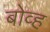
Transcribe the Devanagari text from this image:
बोव्ह